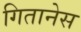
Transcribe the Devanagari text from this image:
गितानेस